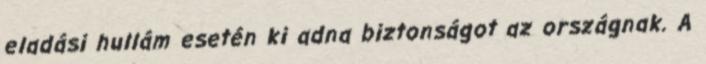
eladási hullám esetén ki adna biztonságot az országnak. A